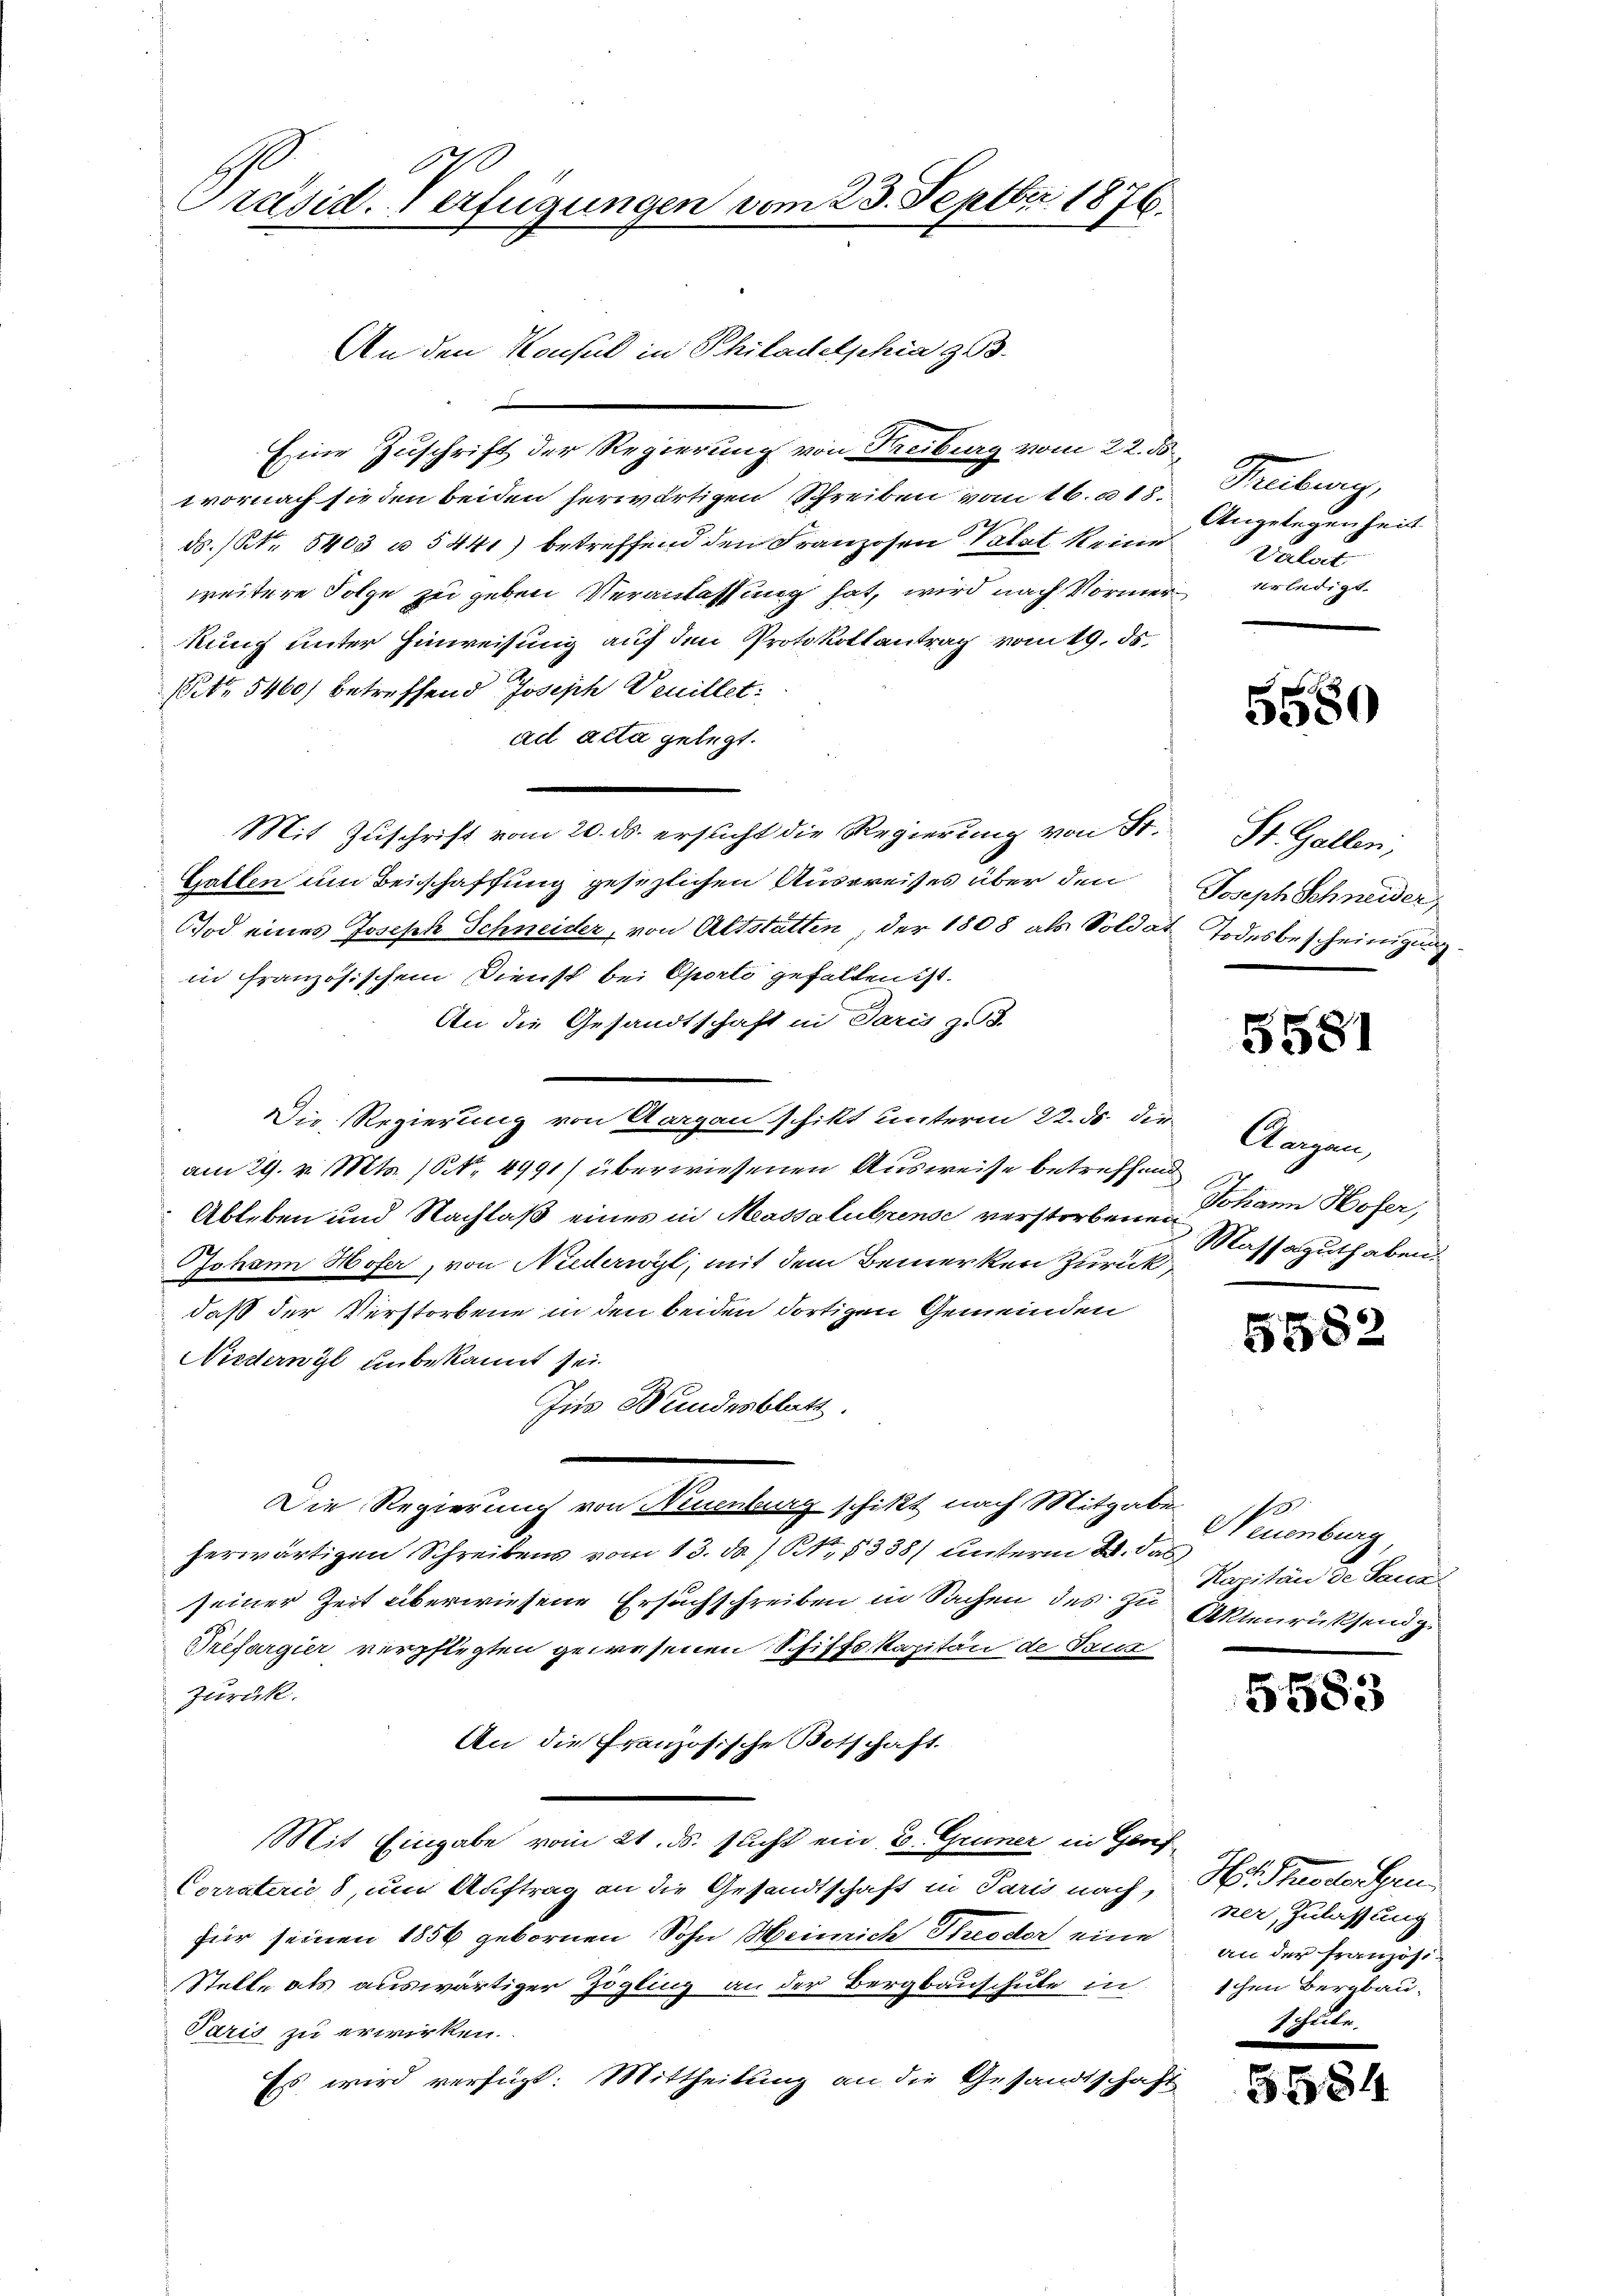
Präsid. Verfügungen vom 23. Septbr 1876.

An den Konsul in Philadelschin zu
Eine Zuschrift der Regierung von Freiburg vom 22. ds.
vornach sieden beiden herwärtigen Schreiben vom 16. a 18.
ds. / Nr. 8403 u. 5441) betreffend den Franzosen Palat keine
weitere Folge zu geben Veranlassung hat, wird nach Vormer erledigt.
kung unter Hinweisung auf den Protokollantrag vom 19. ds.
pto 5400) betreffend Joseph Veuillet:
ad acta gelegt.
Mit Zuschrift vom 20. ds. ersucht die Regierung von St.
Gatten um Beischaffung gesezlichen Auspreises über den
Tod eines Joseph Schneider, von Altstatten, der 1808 als Soldat Todesbescheinigung
in französischem Dienst bei Oporto gefallen ist.
An die Gesandtschaft in Paris z. B.
Die Regierung von Aargau schikt unterm 22. ds. die
am 29. v. Mts. (N. 4991) überwiesenen Ausweise betreffen
Ableben und Nachlaß eines in Massalubrense verstorbene Johann Hofer,
Johann Hofer, von Niederwyl, mit dem Bemerken zurück,
daß der Verstorbene in den beiden dortigen Gemeinden
Niedernyl unbekannt sei.
Jus Bundesblatt.
Die Regierung von Neuenburg schikt nach Mitgaben
herwärtigen Schreibens vom 13. ds. / 1, 1338) unterm 2. das
seiner Zeit überwiesene Ersuchschreiben in Sachen des zu Kapitände Sana
Prefargier verpflegten gewesenen Schiffskapitän de Tur
zurück.
An die französische Botschaft.
Mit Eingabe vom 21. ds. sucht ein B. Gruner in Ge¬
Corraterić d, um Auftrag an die Gesandtschaft in Paris nach,
für seinen 1854 gebornen Sohn Heinrich Theodor eine
Stelle als auswärtiger Zögling an der Bergbauschule in
Paris zu erwirken.
Es wird verfügt: Mittheilung an die Gesandtschaft

Teilung,
Angelegenheit
Vala

5680

St. Gallen;
Joseph Schneider,

5581

Kargen
Massaguthaben.

5582

o
Neuenburg
Aktenrücksend.

5583

Hr. Stundeigen
ner, Zulassung.
An der Französi
schen Bernbau¬
Schule

350